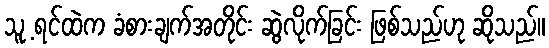
သူ့ ရင်ထဲက ခံစားချက်အတိုင်း ဆွဲလိုက်ခြင်း ဖြစ်သည်ဟု ဆိုသည်။